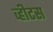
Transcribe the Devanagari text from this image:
व्हीटस